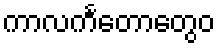
ကာလင်္ကတောတွေဝ